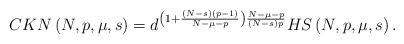
LaTeX: \begin{align*}CKN\left( N,p,\mu,s\right) =d^{\left( 1+\frac{\left( N-s\right) \left(p-1\right) }{N-\mu-p}\right) \frac{N-\mu-p}{\left( N-s\right) p}}HS\left(N,p,\mu,s\right) .\end{align*}